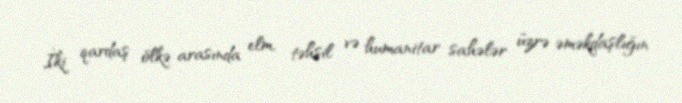
İki qardaş ölkə arasında elm, təhsil və humanitar sahələr üzrə əməkdaşlığın